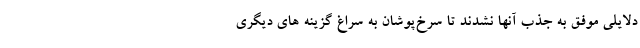
دلایلی موفق به جذب آنها نشدند تا سرخ‌پوشان به سراغ گزینه های دیگری